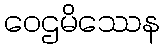
ဝေဌမိဿေန